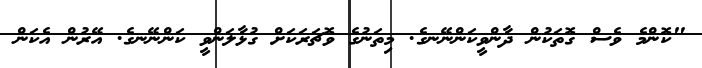
"ކޮންމެ ވެސް ގޮތަކުން ދާންވީކަންނޭނގެ. މިތަނުގެ ވޮޗަރަކަށް ގުޅާލަންވީ ކަންނޭނގެ. އޭރުން އެކަން